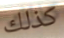
كذلك